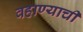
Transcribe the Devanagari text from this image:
वहाण्याची